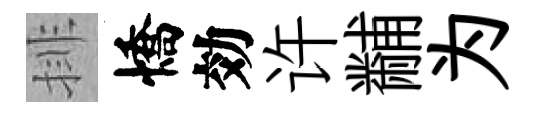
排憍効许黼为